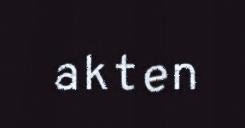
akten